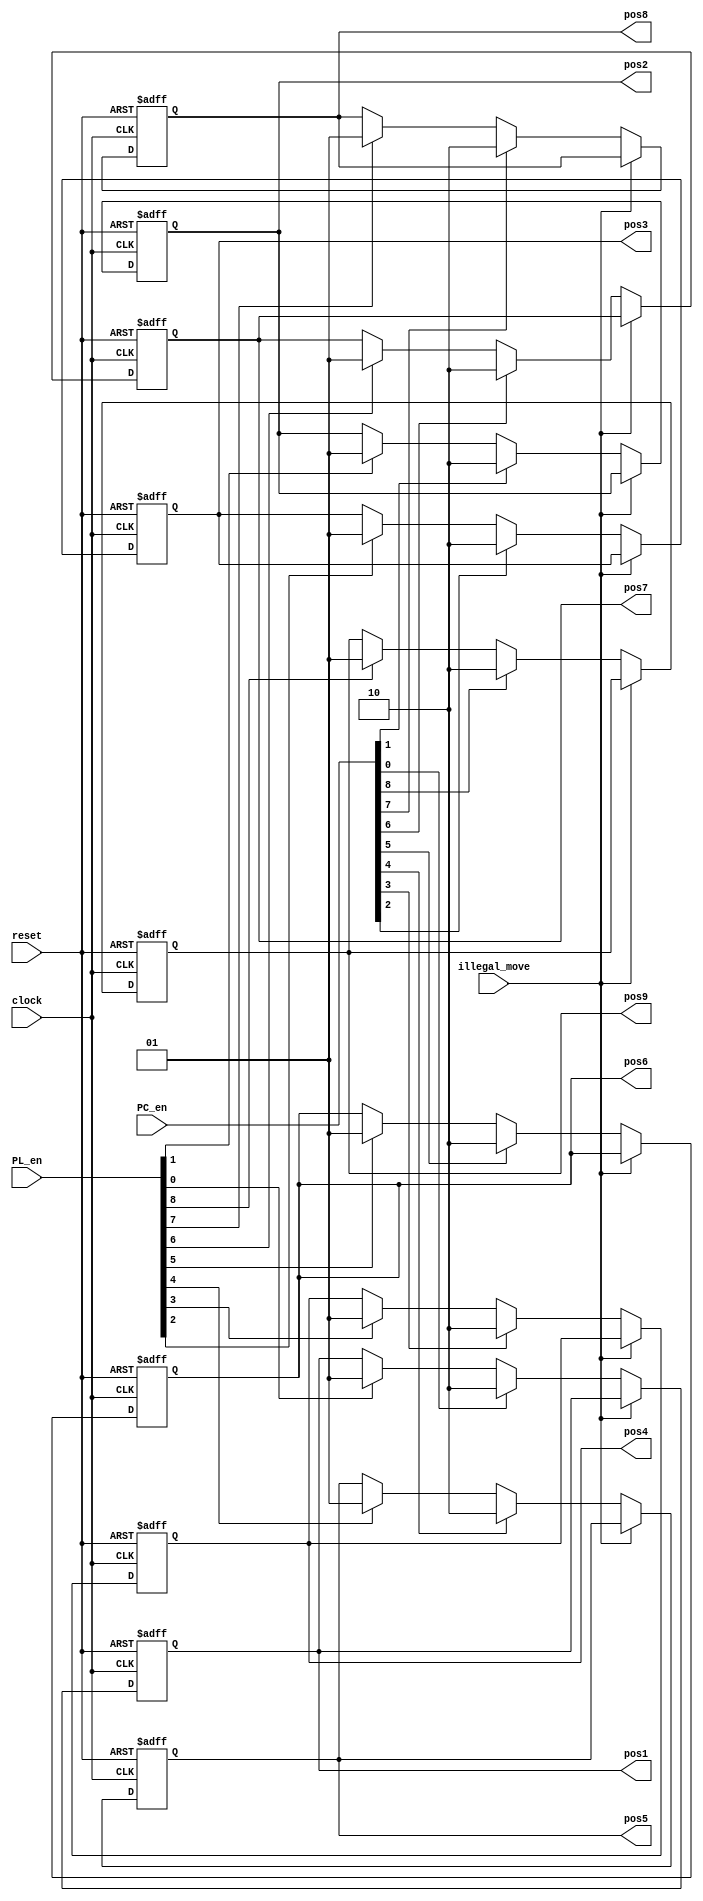
module position_registers( input clock, input reset,input illegal_move,
                          input [8:0] PC_en,input [8:0] PL_en, 
                  output reg[1:0] pos1,pos2,pos3,pos4,pos5,pos6,pos7,pos8,pos9);
  
 always @(posedge clock or posedge reset)
 begin
  if(reset) 
   pos1 <= 2'b00;
  else begin
   if(illegal_move==1'b1)
    pos1 <= pos1;
   else if(PC_en[0]==1'b1)
    pos1 <= 2'b10;  
   else if (PL_en[0]==1'b1)
    pos1 <= 2'b01; 
   else 
    pos1 <= pos1;
  end 
 end 
 
 always @(posedge clock or posedge reset)
 begin
  if(reset) 
   pos2 <= 2'b00;
  else begin
   if(illegal_move==1'b1)
    pos2 <= pos2;
   else if(PC_en[1]==1'b1)
    pos2 <= 2'b10;  
   else if (PL_en[1]==1'b1)
    pos2 <= 2'b01;
   else 
    pos2 <= pos2;
  end 
 end

always @(posedge clock or posedge reset)
 begin
  if(reset) 
   pos3 <= 2'b00;
  else begin
   if(illegal_move==1'b1)
    pos3 <= pos3;
   else if(PC_en[2]==1'b1)
    pos3 <= 2'b10;  
   else if (PL_en[2]==1'b1)
    pos3 <= 2'b01; 
   else 
    pos3 <= pos3;
  end 
 end  

 always @(posedge clock or posedge reset)
 begin
  if(reset) 
   pos4 <= 2'b00;
  else begin
   if(illegal_move==1'b1)
    pos4 <= pos4;
   else if(PC_en[3]==1'b1)
    pos4 <= 2'b10;  
   else if (PL_en[3]==1'b1)
    pos4 <= 2'b01; 
   else 
    pos4 <= pos4;
  end 
 end 
  
always @(posedge clock or posedge reset)
 begin
  if(reset) 
   pos5 <= 2'b00;
  else begin
   if(illegal_move==1'b1)
    pos5 <= pos5;
   else if(PC_en[4]==1'b1)
    pos5 <= 2'b10; 
   else if (PL_en[4]==1'b1)
    pos5 <= 2'b01;
   else 
    pos5 <= pos5;
  end 
 end 
  
 always @(posedge clock or posedge reset)
 begin
  if(reset) 
   pos6 <= 2'b00;
  else begin
   if(illegal_move==1'b1)
    pos6 <= pos6;
   else if(PC_en[5]==1'b1)
    pos6 <= 2'b10;
   else if (PL_en[5]==1'b1)
    pos6 <= 2'b01;
   else 
    pos6 <= pos6;
  end 
 end 
  
always @(posedge clock or posedge reset)
 begin
  if(reset) 
   pos7 <= 2'b00;
  else begin
   if(illegal_move==1'b1)
    pos7 <= pos7;
   else if(PC_en[6]==1'b1)
    pos7 <= 2'b10;
   else if (PL_en[6]==1'b1)
    pos7 <= 2'b01; 
   else 
    pos7 <= pos7;
  end 
 end 
  
 always @(posedge clock or posedge reset)
 begin
  if(reset) 
   pos8 <= 2'b00;
  else begin
   if(illegal_move==1'b1)
    pos8 <= pos8;
   else if(PC_en[7]==1'b1)
    pos8 <= 2'b10;  
   else if (PL_en[7]==1'b1)
    pos8 <= 2'b01;
   else 
    pos8 <= pos8;
  end 
 end
  
always @(posedge clock or posedge reset)
 begin
  if(reset) 
   pos9 <= 2'b00;
  else begin
   if(illegal_move==1'b1)
    pos9 <= pos9;
   else if(PC_en[8]==1'b1)
    pos9 <= 2'b10; 
   else if (PL_en[8]==1'b1)
    pos9 <= 2'b01; 
   else 
    pos9 <= pos9;
  end 
 end 
endmodule